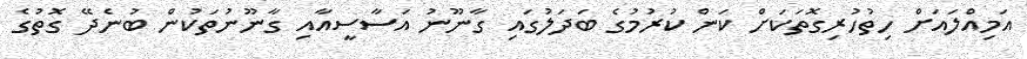
އަމިއްލައަށް ހިތުހުރިގޮތަކަށް ކަން ކުރުމުގެ ބަދަލުގައި ގާނޫނު އަސާސީއާއި ގާނޫނުތަކުން ބުނެދޭ ގޮތުގެ